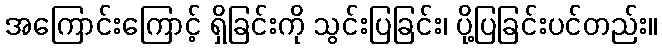
အကြောင်းကြောင့် ရှိခြင်းကို သွင်းပြခြင်း၊ ပို့ပြခြင်းပင်တည်း။